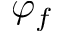
\varphi _ { f }